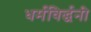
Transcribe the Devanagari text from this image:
धर्मविर्द्धनी